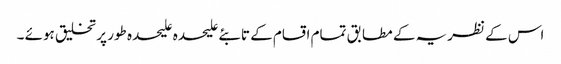
اس کے نظریہ کے مطابق تمام اقسام کے تابئے علیحدہ علیحدہ طور پر تخلیق ہوئے ۔